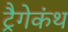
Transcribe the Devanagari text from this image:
ट्रैगेकंथ